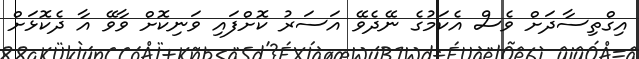
އިގްތިސާދަށް ވެސް އެކަމުގެ ނޭދެވޭ އަސަރު ކޮށްފައި ވަނިކޮށް ވާވޭ އާ ދެކޮޅަށް